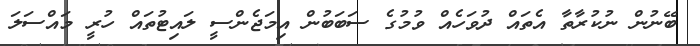
ބޭނުން ނުކުރާތާ އެތައް ދުވަހެއް ވުމުގެ ސަބަބުން އިމަޖެންސީ ލައިޓުތައް ހުރީ މައްސަލަ